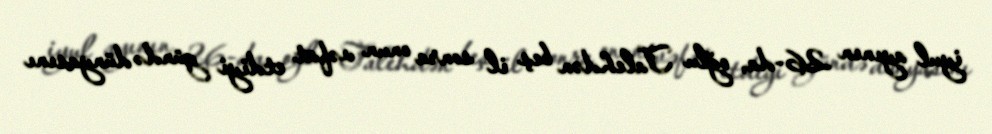
iyul ayının 26-da, oğlu Talehdən beş il sonra onun vəfat etdiyi gündə dünyasını